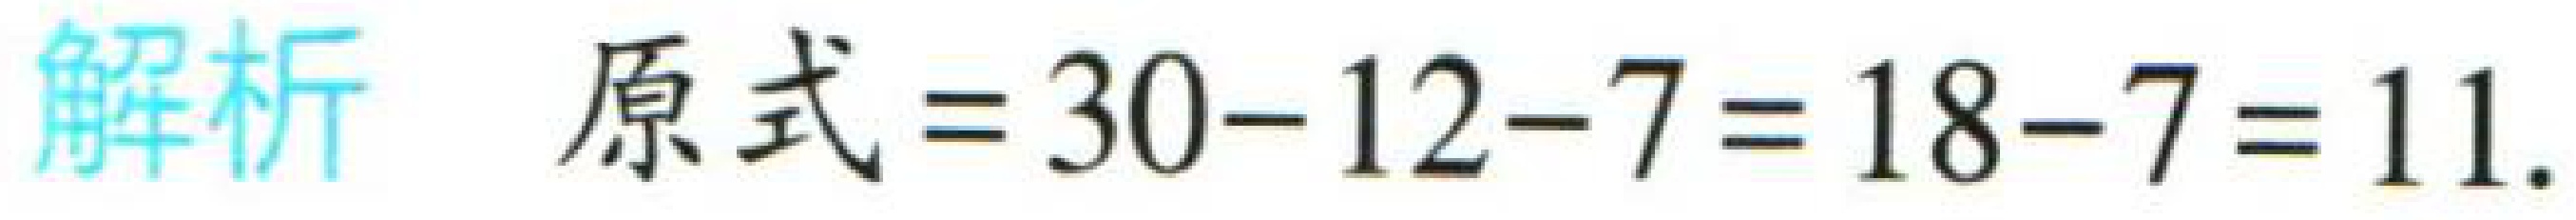
解析 原式\(=30 - 12 - 7=18 - 7 = 11\).